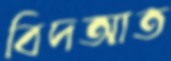
বিদআত